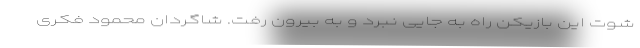
شوت این بازیکن راه به جایی نبرد و به بیرون رفت. شاگردان محمود فکری